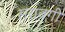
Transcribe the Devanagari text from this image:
सराबगी